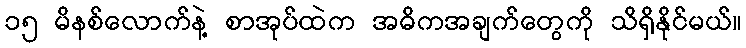
၁၅ မိနစ်လောက်နဲ့ စာအုပ်ထဲက အဓိကအချက်တွေကို သိရှိနိုင်မယ်။